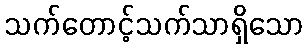
သက်တောင့်သက်သာရှိသော